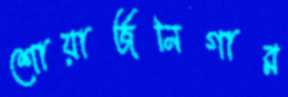
শোয়ার্জনিগার